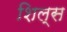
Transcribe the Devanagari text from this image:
शिल्स